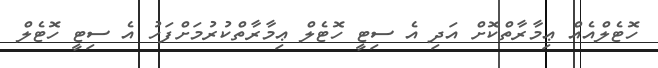
ހޮޓެލްއެއް ޢިމާރާތްކޮށް އަދި އެ ސިޓީ ހޮޓެލް ޢިމާރާތްކުރުމަށްފަހު އެ ސިޓީ ހޮޓެލް